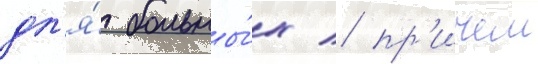
дл'я́ больны́х / пр'ичем